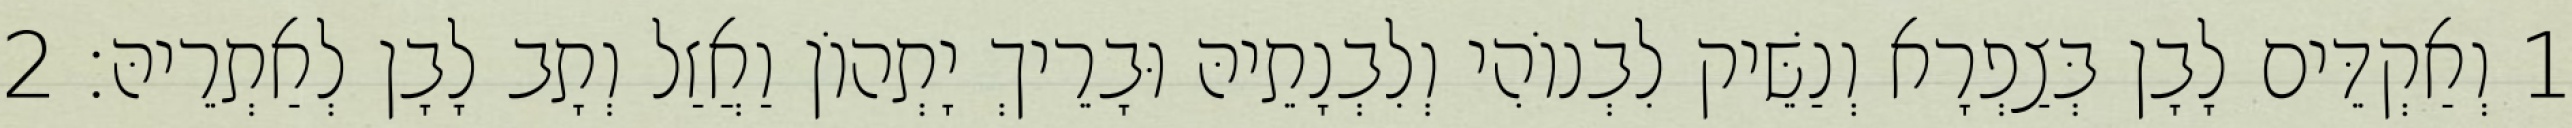
1 וְאַקְדֵּים לָבָן בְּצַפְרָא וְנַשֵּׁיק לִבְנוֹהִי וְלִבְנָתֵיהּ וּבָרֵיךְ יָתְהוֹן וַאֲזַל וְתָב לָבָן לְאַתְרֵיהּ׃ 2